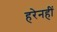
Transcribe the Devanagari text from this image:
हरेनहीं